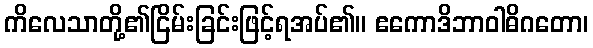
ကိလေသာတို့၏ငြိမ်းခြင်းဖြင့်ရအပ်၏။ ဧကောဒိဘာဝါဓိဂတော၊